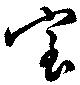
室